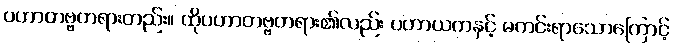
ပဟာတဗ္ဗတရားတည်း။ ထိုပဟာတဗ္ဗတရား၏လည်း ပဟာယကနှင့် မကင်းရာသောကြောင့်